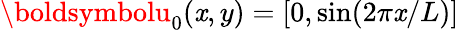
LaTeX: \boldsymbolu_{0}(\mathit{x},y)=[0,\sin(2\pi\mathit{x}/L)]